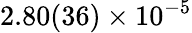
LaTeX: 2.80(36)\times 10^{-5}